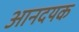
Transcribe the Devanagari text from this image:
आनदयक